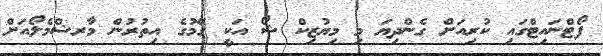
ފޯޓްނައިޓްގައި ކުރިއަށް ގެންދިޔަ މި މިޔުޒިކް ޝޯ އަކީ ގޭމުގެ އިތުރުން މާރޝްމެލޯއަށް